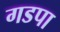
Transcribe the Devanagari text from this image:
गडपा